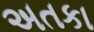
અતકા